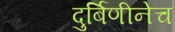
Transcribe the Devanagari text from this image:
दुर्बिणीनेच